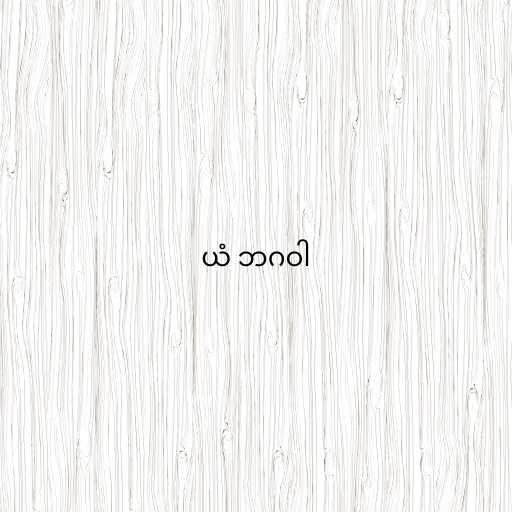
ယံ ဘဂဝါ